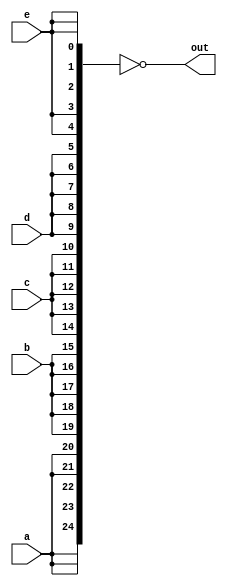
module top_module (
    input a, b, c, d, e,
    output [24:0] out );//

    // The output is XNOR of two vectors created by 
    // concatenating and replicating the five inputs.
    // assign out = ~{ ... } ^ { ... };
    // Insert your code below

    assign out = ~{a, a, a, a, a, b, b, b, b, b, c, c, c, c, c, d, d, d, d, d, e, e, e, e, e};

endmodule